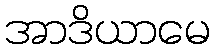
အာဒိယာမေ